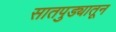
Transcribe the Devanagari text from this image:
सातपुड्यातून